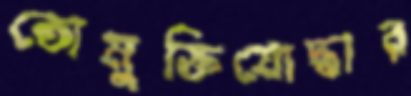
তোমুক্তিযোদ্ধার